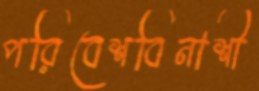
পরিবেশবিনাশী